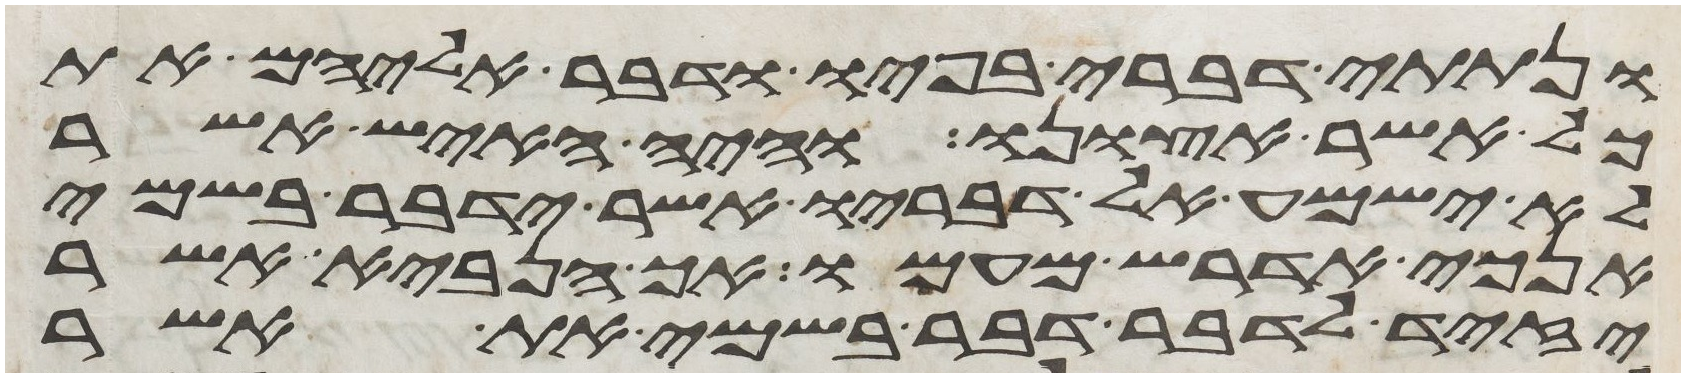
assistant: ונתתי דברי בפיו ודבר אליהם את
כל אשר אצונו והיה האיש אשר
לא ישמע אל דבריו אשר ידבר בשמי
אנכי אדרש מעמו אך הנביא אשר
יזיד לדבר דבר בשמי את אשר